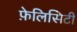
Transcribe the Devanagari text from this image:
फ़ेलिसिटी